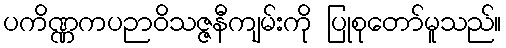
ပကိဏ္ဏကပဉာဝိသဇ္ဇနီကျမ်းကို ပြုစုတော်မူသည်။